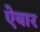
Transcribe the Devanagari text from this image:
ऐयार